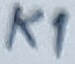
Text: K1